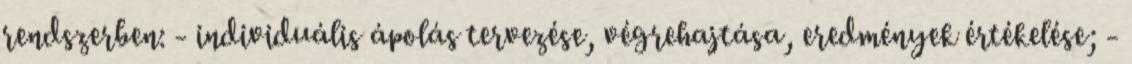
rendszerben: - individuális ápolás tervezése, végrehajtása, eredmények értékelése; -